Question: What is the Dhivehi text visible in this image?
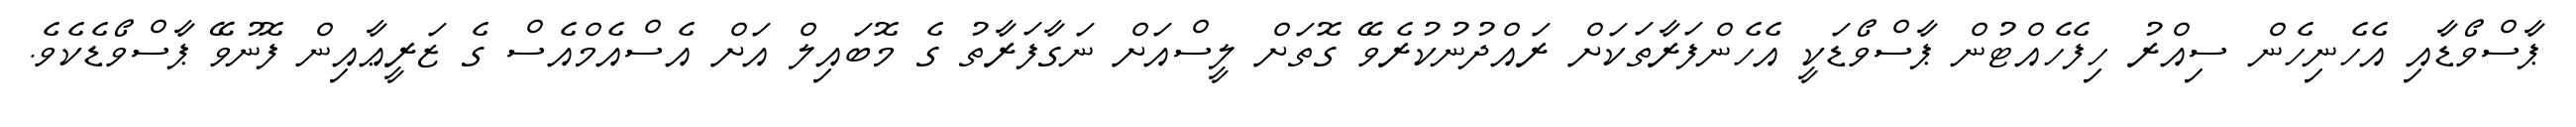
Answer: ޕާސްވޯޑާއި އެހެނިހެން ސިއްރު ހިފެހެއްޓުން ޕާސްވޯޑަކީ އެހެންފަރާތަކަށް ރައްދުނުކުރެވޭ ގޮތަށް ލީސްއަށް ނަގާފަރާތު ގެ މޮބައިލް އަށް އެސްއެމްއެސް ގެ ޒަރީޢާއިން ފޮނުވޭ ޕާސްވޯޑެކެވެ.